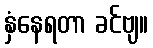
နှံနေရတာ ခင်ဗျ။